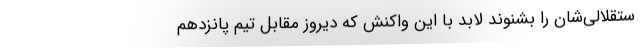
ستقلالی‌شان را بشنوند لابد با این واکنش که دیروز مقابل تیم پانزدهم